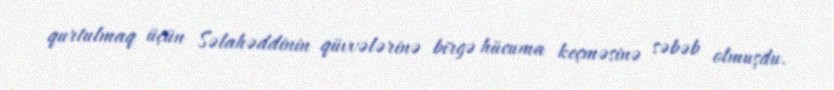
qurtulmaq üçün Səlahəddinin qüvvələrinə birgə hücuma keçməsinə səbəb olmuşdu.